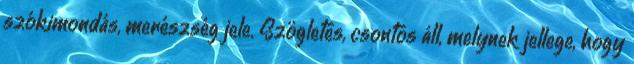
szókimondás, merészség jele. Szögletes, csontos áll, melynek jellege, hogy